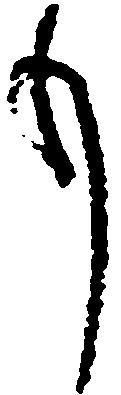
も